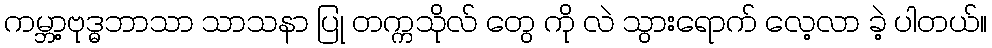
ကမ္ဘာ့ဗုဒ္ဓဘာသာ သာသနာ ပြု တက္ကသိုလ် တွေ ကို လဲ သွားရောက် လေ့လာ ခဲ့ ပါတယ်။